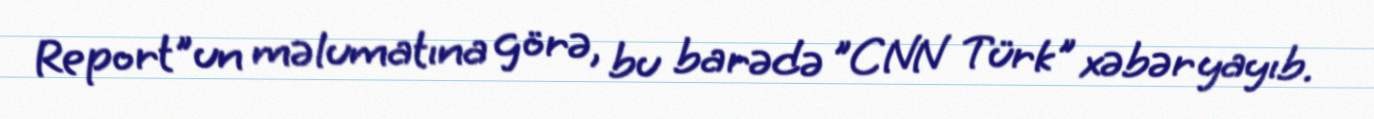
Report"un məlumatına görə, bu barədə "CNN Türk" xəbər yayıb.